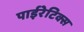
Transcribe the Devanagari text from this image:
पाईरेटिक्स